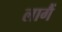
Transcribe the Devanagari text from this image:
लागैं